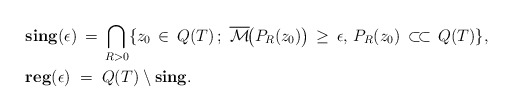
\begin{align*}&\mathbf{sing} ( \epsilon ) \, = \, \bigcap_{R > 0} \{ z_0 \, \in \, Q(T) \, ; \, \, \overline{\mathcal{M}} \! \bigl(P_R (z_0)\bigr) \, \ge \, \epsilon, \, P_R (z_0) \, \subset\!\subset \, Q(T)\},\\&\mathbf{reg} ( \epsilon ) \; = \; Q(T) \setminus \mathbf{sing}.\end{align*}